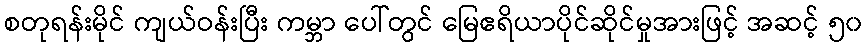
စတုရန်းမိုင် ကျယ်ဝန်းပြီး ကမ္ဘာ ပေါ်တွင် မြေဧရိယာပိုင်ဆိုင်မှုအားဖြင့် အဆင့် ၅၀